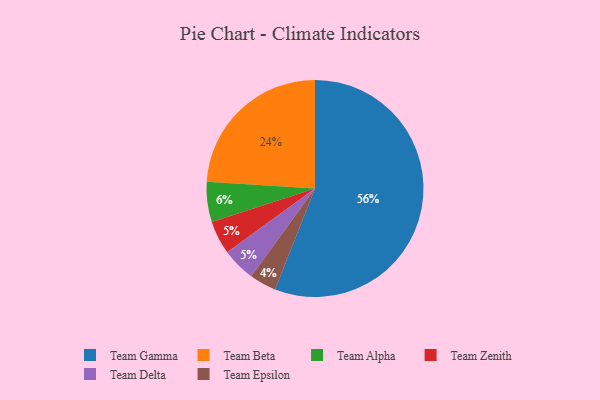
{"axis": {"x": "Category", "y": "Percentage"}, "legend": ["Team Alpha", "Team Beta", "Team Delta", "Team Epsilon", "Team Gamma", "Team Zenith"], "data": [{"x": "Team Zenith", "y": 5, "type": "Team Zenith"}, {"x": "Team Alpha", "y": 6, "type": "Team Alpha"}, {"x": "Team Gamma", "y": 56, "type": "Team Gamma"}, {"x": "Team Delta", "y": 5, "type": "Team Delta"}, {"x": "Team Beta", "y": 24, "type": "Team Beta"}, {"x": "Team Epsilon", "y": 4, "type": "Team Epsilon"}]}